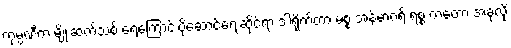
ကုမ္ပဏီက မျိုးဆက်သစ် ရေကြောင်းပို့ဆောင်ရေးဆိုင်ရာ ဒါရိုက်တာ မစ္စ အန်မာဂရိ ရစ္စ ကတော့ အခုလို